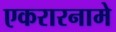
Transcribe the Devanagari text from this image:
एकरारनामे